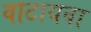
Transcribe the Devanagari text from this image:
वाटायवा